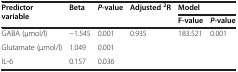
| <ROWSPAN=2> Predictor variable | <ROWSPAN=2> Beta | <ROWSPAN=2> P-value | <ROWSPAN=2> Adjusted2R | <COLSPAN=2> Model |
 | F-value | P-value |
 | --- | --- | --- | --- | --- | --- |
 | GABA (μmol/l) | −1.545 | 0.001 | <ROWSPAN=3> 0.935 | <ROWSPAN=3> 183.521 | <ROWSPAN=3> 0.001 |
 | Glutamate (μmol/l) | 1.049 | 0.001 |
 | IL-6 | 0.157 | 0.036 |